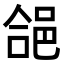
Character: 𮟺